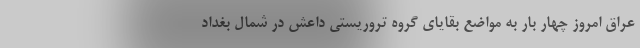
عراق امروز چهار بار به مواضع بقایای گروه تروریستی داعش در شمال بغداد